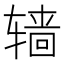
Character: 𰺙